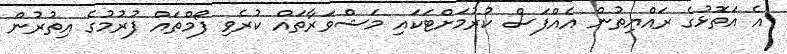
އެ އަތޮޅުގެ ރައްޔިތުން އެއްފަސް ކުރުމަށްޓަކައި މަޝްވަރާތައް ކުރެވި ފޯމްތައް ފުރުމުގެ އިތުރުން